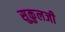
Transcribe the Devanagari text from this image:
सुकुलजी